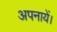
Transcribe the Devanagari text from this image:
अपनायें।